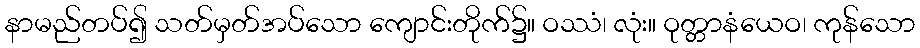
နာမည်တပ်၍ သတ်မှတ်အပ်သော ကျောင်းတိုက်၌။ ဝဿံ၊ လုံး။ ဝုတ္တာနံယေဝ၊ ကုန်သော